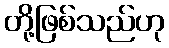
တို့ဖြစ်သည်ဟု